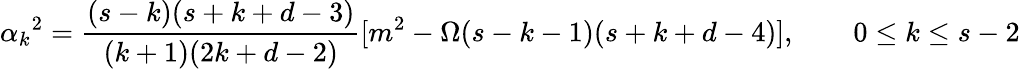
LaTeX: \alpha_{k}{}^{2}=\frac{(s-k)(s+k+d-3)}{(k+1)(2k+d-2)}[m^{2}-\Omega(s-k-1)(s+k+d-4)],\qquad 0\le k\le s-2